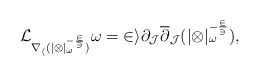
\begin{align*} \cal{L}_{\nabla_h (|\Omega|_{\omega}^{-\frac{2}{3}})} \omega = 2i \partial_J \overline{\partial}_J (|\Omega|_{\omega}^{-\frac{2}{3}}), \end{align*}